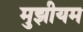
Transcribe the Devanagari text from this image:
मुझीयम